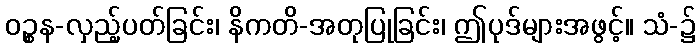
ဝဉ္စန-လှည့်ပတ်ခြင်း၊ နိကတိ-အတုပြုခြင်း၊ ဤပုဒ်များအဖွင့်။ သံ-၌